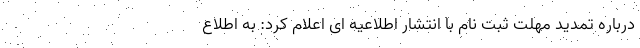
درباره تمدید مهلت ثبت نام با انتشار اطلاعیه ای اعلام کرد: به اطلاع